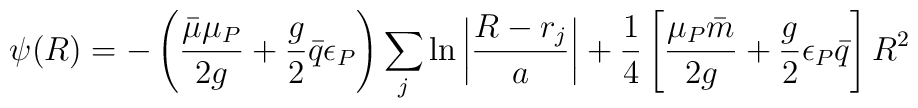
\psi (R ) = - \left( \frac{ \bar{ \mu} \mu_P}{ 2 g} + \frac{ g}{2} \bar{ q}\epsilon_P \right) \sum_j \ln \left| \frac{ R - r_j}{ a} \right| +\frac{1}{4} \left[ \frac{ \mu_P \bar{m}}{ 2 g} + \frac{ g}{2}\epsilon_P \bar{q} \right] R^2